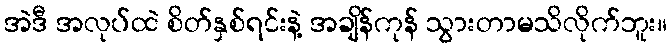
အဲဒီ အလုပ်ထဲ စိတ်နှစ်ရင်းနဲ့ အချိန်ကုန် သွားတာမသိလိုက်ဘူး။